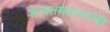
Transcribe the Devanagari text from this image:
शाक्तमतावलंबी